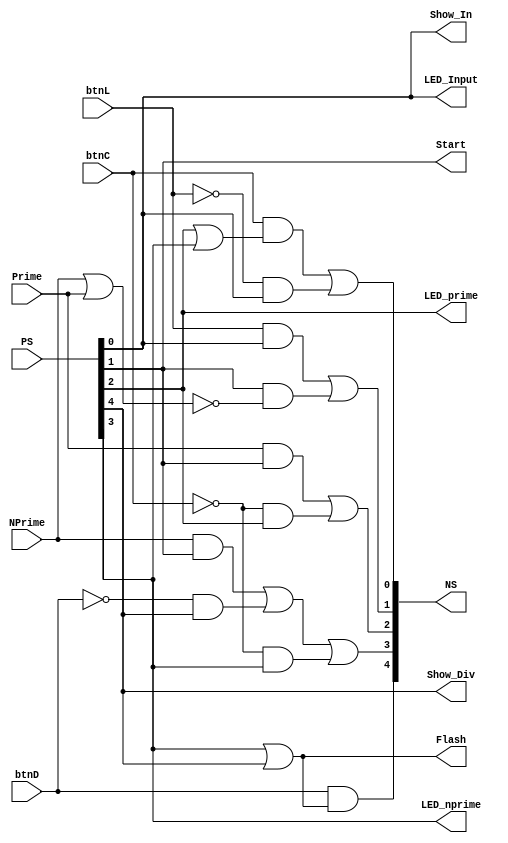
`timescale 1ns / 1ps
//////////////////////////////////////////////////////////////////////////////////
// Company: 
// Engineer: 
// 
// Design Name: 
// Module Name: Control_Logic
// Project Name: 
// Target Devices: 
// Tool Versions: 
// Description: 
// 
// Dependencies: 
// 
// Revision:
// Revision 0.01 - File Created
// Additional Comments:
// 
//////////////////////////////////////////////////////////////////////////////////


module Control_Logic(
    input btnC, btnL, btnD, Prime, NPrime, 
    input [4:0] PS,
    output [4:0] NS,  
    output LED_Input, LED_nprime, LED_prime, Show_In, Show_Div, Flash, Start 
    );
    
    wire INPUT, WORKING, PRIME, NPRIME, DIVISOR;
    wire Next_INPUT, Next_WORKING, Next_PRIME, Next_NPRIME, Next_DIVISOR;
    
    // Present State
    assign INPUT    = PS[0];
    assign WORKING  = PS[1];
    assign PRIME    = PS[2];
    assign NPRIME   = PS[3];
    assign DIVISOR  = PS[4];

    // Next State
    assign NS[0] = Next_INPUT;
    assign NS[1] = Next_WORKING;
    assign NS[2] = Next_PRIME;
    assign NS[3] = Next_NPRIME;
    assign NS[4] = Next_DIVISOR;

    //Enter Logic 
    assign Next_INPUT   = (btnC&(PRIME|NPRIME))|(~btnL&INPUT);  
    assign Next_WORKING = (btnL&INPUT)|(WORKING&~(NPrime|Prime));
    assign Next_PRIME   = (Prime&WORKING)|(~btnC&PRIME); 
    assign Next_NPRIME  = (NPrime&WORKING)|(~btnD&DIVISOR)|(~btnC&NPRIME);
    assign Next_DIVISOR = (btnD&(NPRIME|DIVISOR));

    
    // Outputs
    assign LED_Input    = INPUT;
    assign LED_prime    = PRIME;
    assign LED_nprime   = NPRIME;
    assign Show_In      = INPUT;
    assign Show_Div     = DIVISOR; 
    assign Flash        = NPRIME|DIVISOR;
    assign Start        = WORKING; 

endmodule